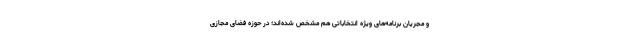
و مجریان برنامه‌های ویژه انتخاباتی هم مشخص شده‌اند؛ در حوزه فضای مجازی